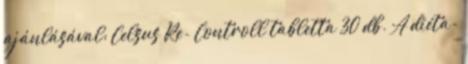
ajánlásával: Celsus Re- Controll tabletta 30 db. A diéta-